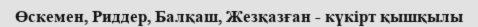
Өскемен, Риддер, Балқаш, Жезқазған - күкірт қышқылы